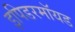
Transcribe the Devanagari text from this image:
इपिडरमॉयड